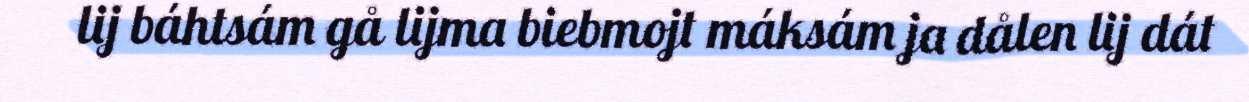
lij báhtsám gå lijma biebmojt máksám ja dålen lij dát